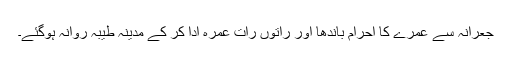
جعرانہ سے عمرے کا احرام باندھا اور راتوں رات عمرہ ادا کر کے مدینہ طیبہ روانہ ہوگئے۔